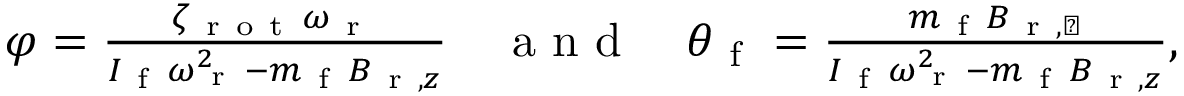
\begin{array} { r } { \varphi = \frac { \zeta _ { \mathrm { ~ r ~ o ~ t ~ } } \omega _ { \mathrm { ~ r ~ } } } { I _ { \mathrm { ~ f ~ } } \omega _ { \mathrm { ~ r ~ } } ^ { 2 } - m _ { \mathrm { ~ f ~ } } B _ { \mathrm { ~ r ~ } , z } } \quad \mathrm { ~ a ~ n ~ d ~ } \quad \theta _ { \mathrm { ~ f ~ } } = \frac { m _ { \mathrm { ~ f ~ } } B _ { \mathrm { ~ r ~ } , \perp } } { I _ { \mathrm { ~ f ~ } } \omega _ { \mathrm { ~ r ~ } } ^ { 2 } - m _ { \mathrm { ~ f ~ } } B _ { \mathrm { ~ r ~ } , z } } , } \end{array}